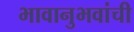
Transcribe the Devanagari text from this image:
भावानुभवांची